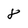
Character: 8